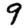
Digit: 9